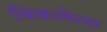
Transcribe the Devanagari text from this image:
विकलेला